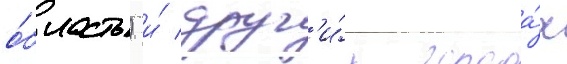
о́бласть) и́ друг'и́х города́х